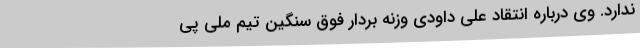
ندارد. وی درباره انتقاد علی داودی وزنه بردار فوق سنگین تیم ملی پی